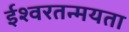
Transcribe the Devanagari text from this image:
ईश्वरतन्मयता